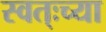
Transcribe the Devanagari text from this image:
स्वत्ःच्या